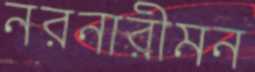
নরনারীমন